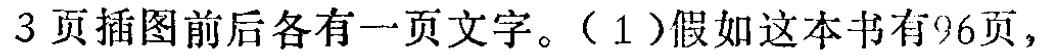
3页插图前后各有一页文字。（1）假如这本书有96页，